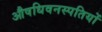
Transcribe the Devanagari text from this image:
औषधिवनस्पतियों